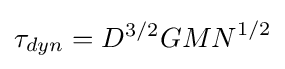
\tau _{dyn}=D^{3/2}{GMN}^{1/2}